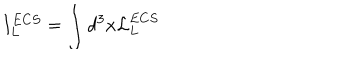
I _ { L } ^ { E C S } = \int d ^ { 3 } x { \cal L } _ { L } ^ { E C S }